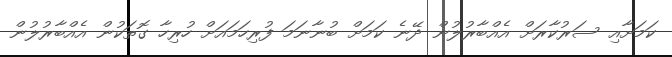
ކަމަށާއި ސަރުކާރަށް އެއްބާރުލުން ދޭނެ ކަމަށް ބުނާނަމަ ފުރިހަމައަށް ހުރިހާ ގޮތަކުން އެއްބާރުލުން